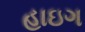
હાઇગ